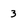
Character: 3